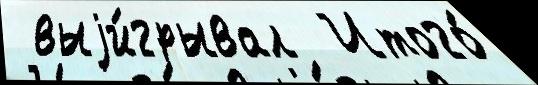
 выjи́грывал  Итого́